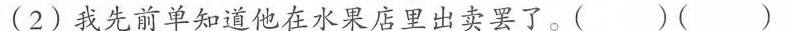
(2)我先前单知道他在水果店里出卖罢了。( )( )